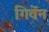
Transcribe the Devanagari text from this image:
गिवेंन